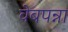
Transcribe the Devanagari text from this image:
वेबपन्ना